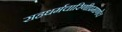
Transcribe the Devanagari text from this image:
सहधर्मचारिणीप्रमाणेच